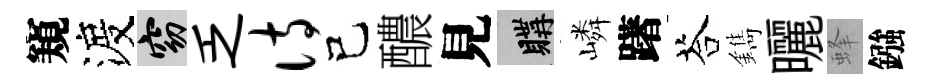
窺渡窈乏诗己醲見購嶙躇荅鐫曬蜂鏹